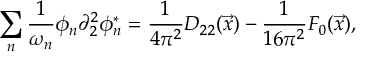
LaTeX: \sum _ { n } \frac { 1 } { \omega _ { n } } \phi _ { n } \partial _ { 2 } ^ { 2 } \phi _ { n } ^ { * } = \frac { 1 } { 4 \pi ^ { 2 } } D _ { 2 2 } ( \vec { x } ) - \frac { 1 } { 1 6 \pi ^ { 2 } } F _ { 0 } ( \vec { x } ) ,